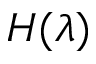
H ( \lambda )